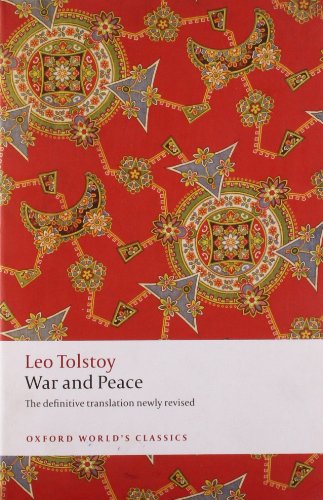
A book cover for War and Peace (Oxford World's Classics); Leo Tolstoy; Literature & Fiction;